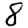
Digit: 8